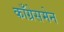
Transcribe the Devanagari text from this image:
काँग्रेसमेन